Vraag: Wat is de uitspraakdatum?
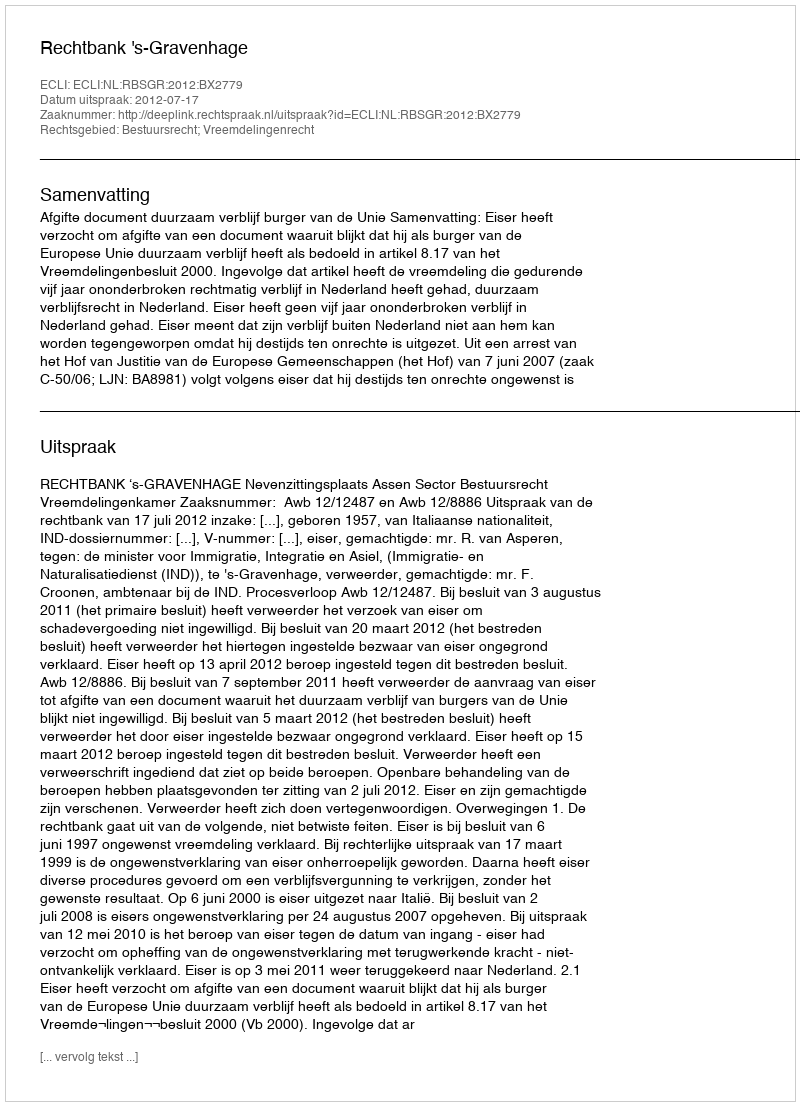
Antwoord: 2012-07-17